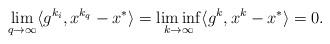
LaTeX: \begin{align*}\lim_{q\rightarrow \infty} \langle g^{k_i}, x^{k_q}-x^* \rangle=\liminf_{k \rightarrow \infty} \langle g^k, x^k-x^* \rangle = 0.\end{align*}